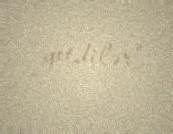
getdilər".